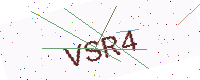
Text: VSR4